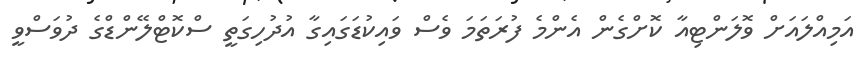
އަމިއްލައަށް ވޮލަންޓިއާ ކޮށްގެން އެންމެ ފުރަތަމަ ވެސް ވައިކުޑަގައިގާ އުދުހިގަތީ ސްކޮޓްލޭންޑްގެ ދުވަސްވީ